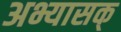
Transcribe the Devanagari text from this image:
अभ्यासक्